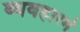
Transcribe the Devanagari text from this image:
व्यवहारमे